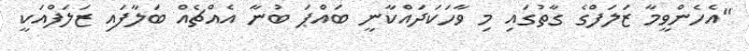
"އެހެންވީމާ ޒަލަފްގެ ގާތުގައި މި ވާހަކަދައްކާނީ ބައްޕަ ބުނާ އެއްޗެއް ބަލާފައި ޒަލަފްއަކީ